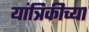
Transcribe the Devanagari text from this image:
यांत्रिकीच्या